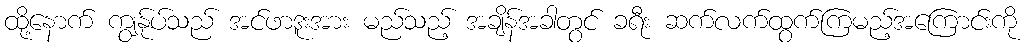
ထို့နောက် ကျွန်ုပ်သည် အင်ဖာဒူးအား မည်သည့် အချိန်အခါတွင် ခရီး ဆက်လက်ထွက်ကြမည့်အကြောင်းကို